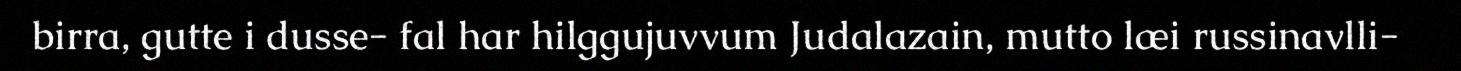
birra, gutte i dusse- fal har hilggujuvvum Judalazain, mutto læi russinavlli-